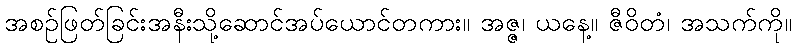
အစဉ်ဖြတ်ခြင်းအနီးသို့ဆောင်အပ်ယောင်တကား။ အဇ္ဇ၊ ယနေ့။ ဇီဝိတံ၊ အသက်ကို။